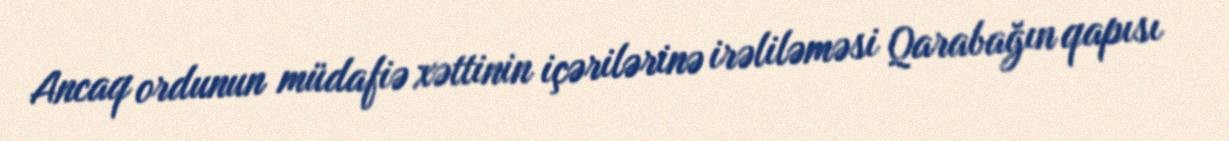
Ancaq ordunun müdafiə xəttinin içərilərinə irəliləməsi Qarabağın qapısı